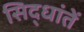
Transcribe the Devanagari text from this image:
सिद्धांतें